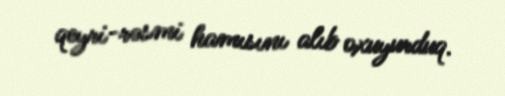
qeyri-rəsmi hamısını alıb oxuyurduq.